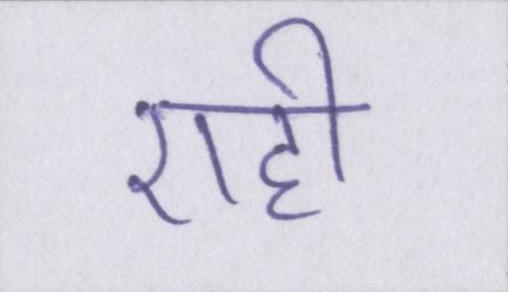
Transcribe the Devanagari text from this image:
एही